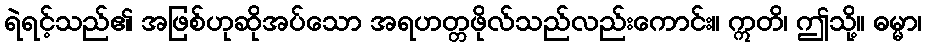
ရဲရင့်သည်၏ အဖြစ်ဟုဆိုအပ်သော အရဟတ္တဖိုလ်သည်လည်းကောင်း။ ဣတိ၊ ဤသို့။ ဓမ္မာ၊